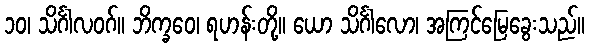
၁၀၊ သိင်္ဂါလဝဂ်။ ဘိက္ခဝေ၊ ရဟန်းတို့။ ယော သိင်္ဂါလော၊ အကြင်မြေခွေးသည်။